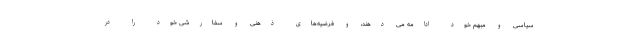
سیاسی و مبهم خود ادامه می دهند، و فرضیه‌های ذهنی و سفارشی خود را در